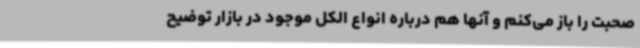
صحبت را باز می‌کنم و آنها هم درباره انواع الکل موجود در بازار توضیح